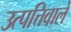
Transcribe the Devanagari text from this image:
उत्पत्तिवाले